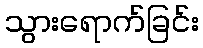
သွားရောက်ခြင်း